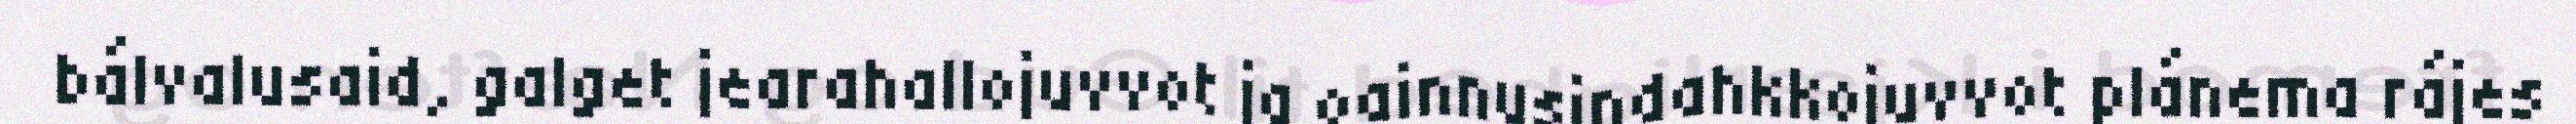
bálvalusaid, galget jearahallojuvvot ja oainnusindahkkojuvvot plánema rájes